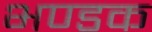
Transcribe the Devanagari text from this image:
भण्डक